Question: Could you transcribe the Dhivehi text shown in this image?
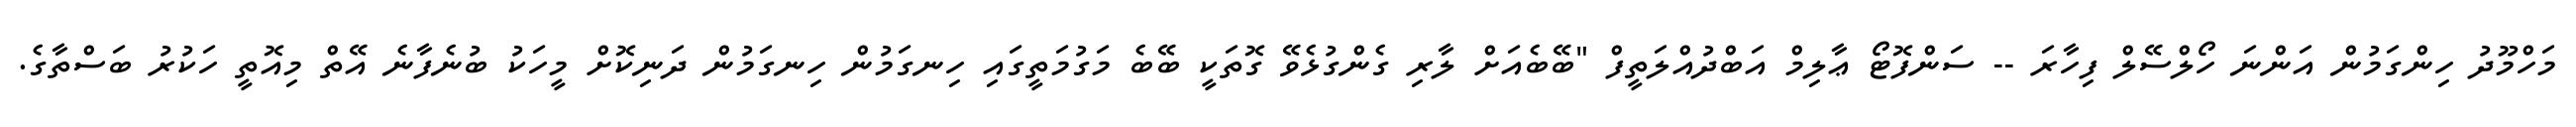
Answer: މަހްމޫދު ހިންގަމުން އަންނަ ހޯލްސޭލް ފިހާރަ -- ސަންފޮޓޯ ޢާލިމް އަބްދުއްލަތީފް "ބޭބެއަށް ލާރި ގެންގުޅެވޭ ގޮތަކީ ބޭބެ މަގުމަތީގައި ހިނގަމުން ހިނގަމުން ދަނިކޮށް މީހަކު ބުނެފާނެ އޭތް މިއޮތީ ހަކުރު ބަސްތާގެ.